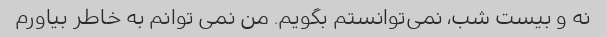
نه و بیست شب، نمی‌توانستم بگویم. من نمی توانم به خاطر بیاورم